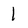
Character: 1